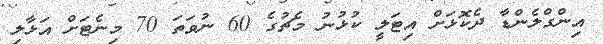
އިންގްލެންޑާ ދެކޮޅަށް އިޓަލީ ކުޅުނު މެޗުގެ 60 ނުވަތަ 70 މިނެޓަށް އަޅާލި